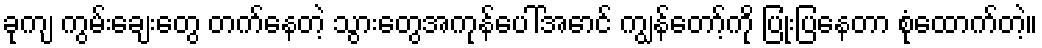
ခုကျ ကွမ်းချေးတွေ တက်နေတဲ့ သွားတွေအကုန်ပေါ်အောင် ကျွန်တော့်ကို ပြုံးပြနေတာ စုံထောက်တဲ့။